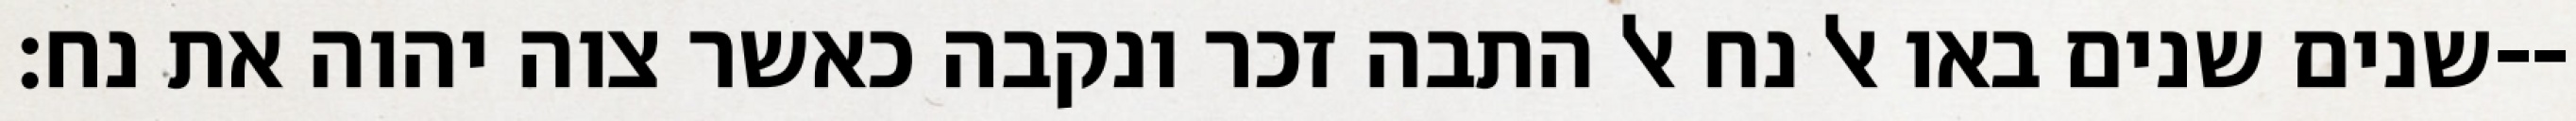
שנים שנים באו אל נח אל התבה זכר ונקבה כאשר צוה יהוה את נח׃--